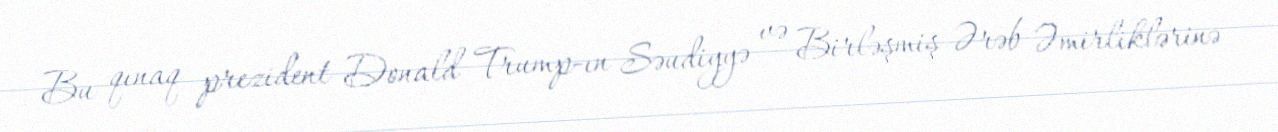
Bu qınaq prezident Donald Trump-ın Səudiyyə və Birləşmiş Ərəb Əmirliklərinə